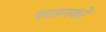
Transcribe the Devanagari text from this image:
फलनकों